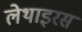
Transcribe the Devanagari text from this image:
लेथाइरस